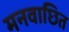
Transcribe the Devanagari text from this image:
मनवाछित